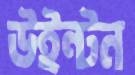
উইন্টন